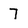
Character: 7